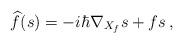
LaTeX: \begin{align*} \widehat{f}(s)=-i\hbar\nabla_{X_f}s+fs\, ,\end{align*}